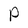
Character: P